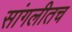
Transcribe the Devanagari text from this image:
सांगलीतच